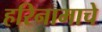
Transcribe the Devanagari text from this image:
हरिनामाचे